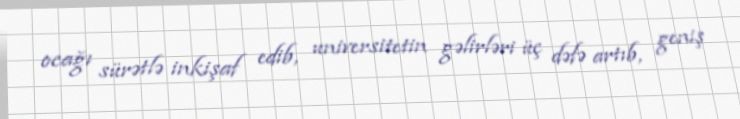
ocağı sürətlə inkişaf edib, universitetin gəlirləri üç dəfə artıb, geniş